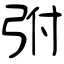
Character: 弣